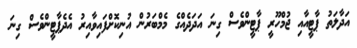
އަދާލަތު ޕާޓީއާއި ޖުމްހޫރީ ޕާޓީންވެސް ގިނަ އަދަދެއްގެ މެމްބަރުން އުނިކޮށްފައިވާއިރު އެދެޕާޓީންވެސް ގިނަ